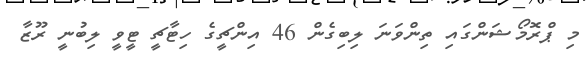
މި ޕްރޮމޯޝަންގައި ތިންވަނަ ލިބިގެން 46 އިންޗީގެ ހިޓާޗީ ޓީވީ ލިބުނީ ރޫޒާ